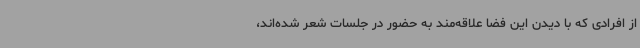
از افرادی که با دیدن این فضا علاقه‌مند به حضور در جلسات شعر شده‌اند،